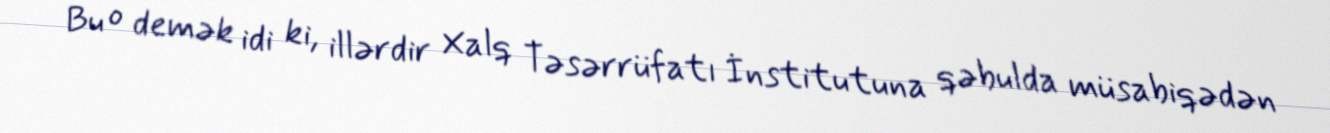
Bu o demək idi ki, illərdir Xalq Təsərrüfatı İnstitutuna qəbulda müsabiqədən